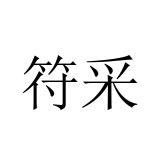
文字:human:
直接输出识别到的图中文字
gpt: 符采